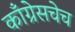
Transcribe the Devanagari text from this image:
काँग्रेसचेच